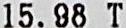
15.98 T